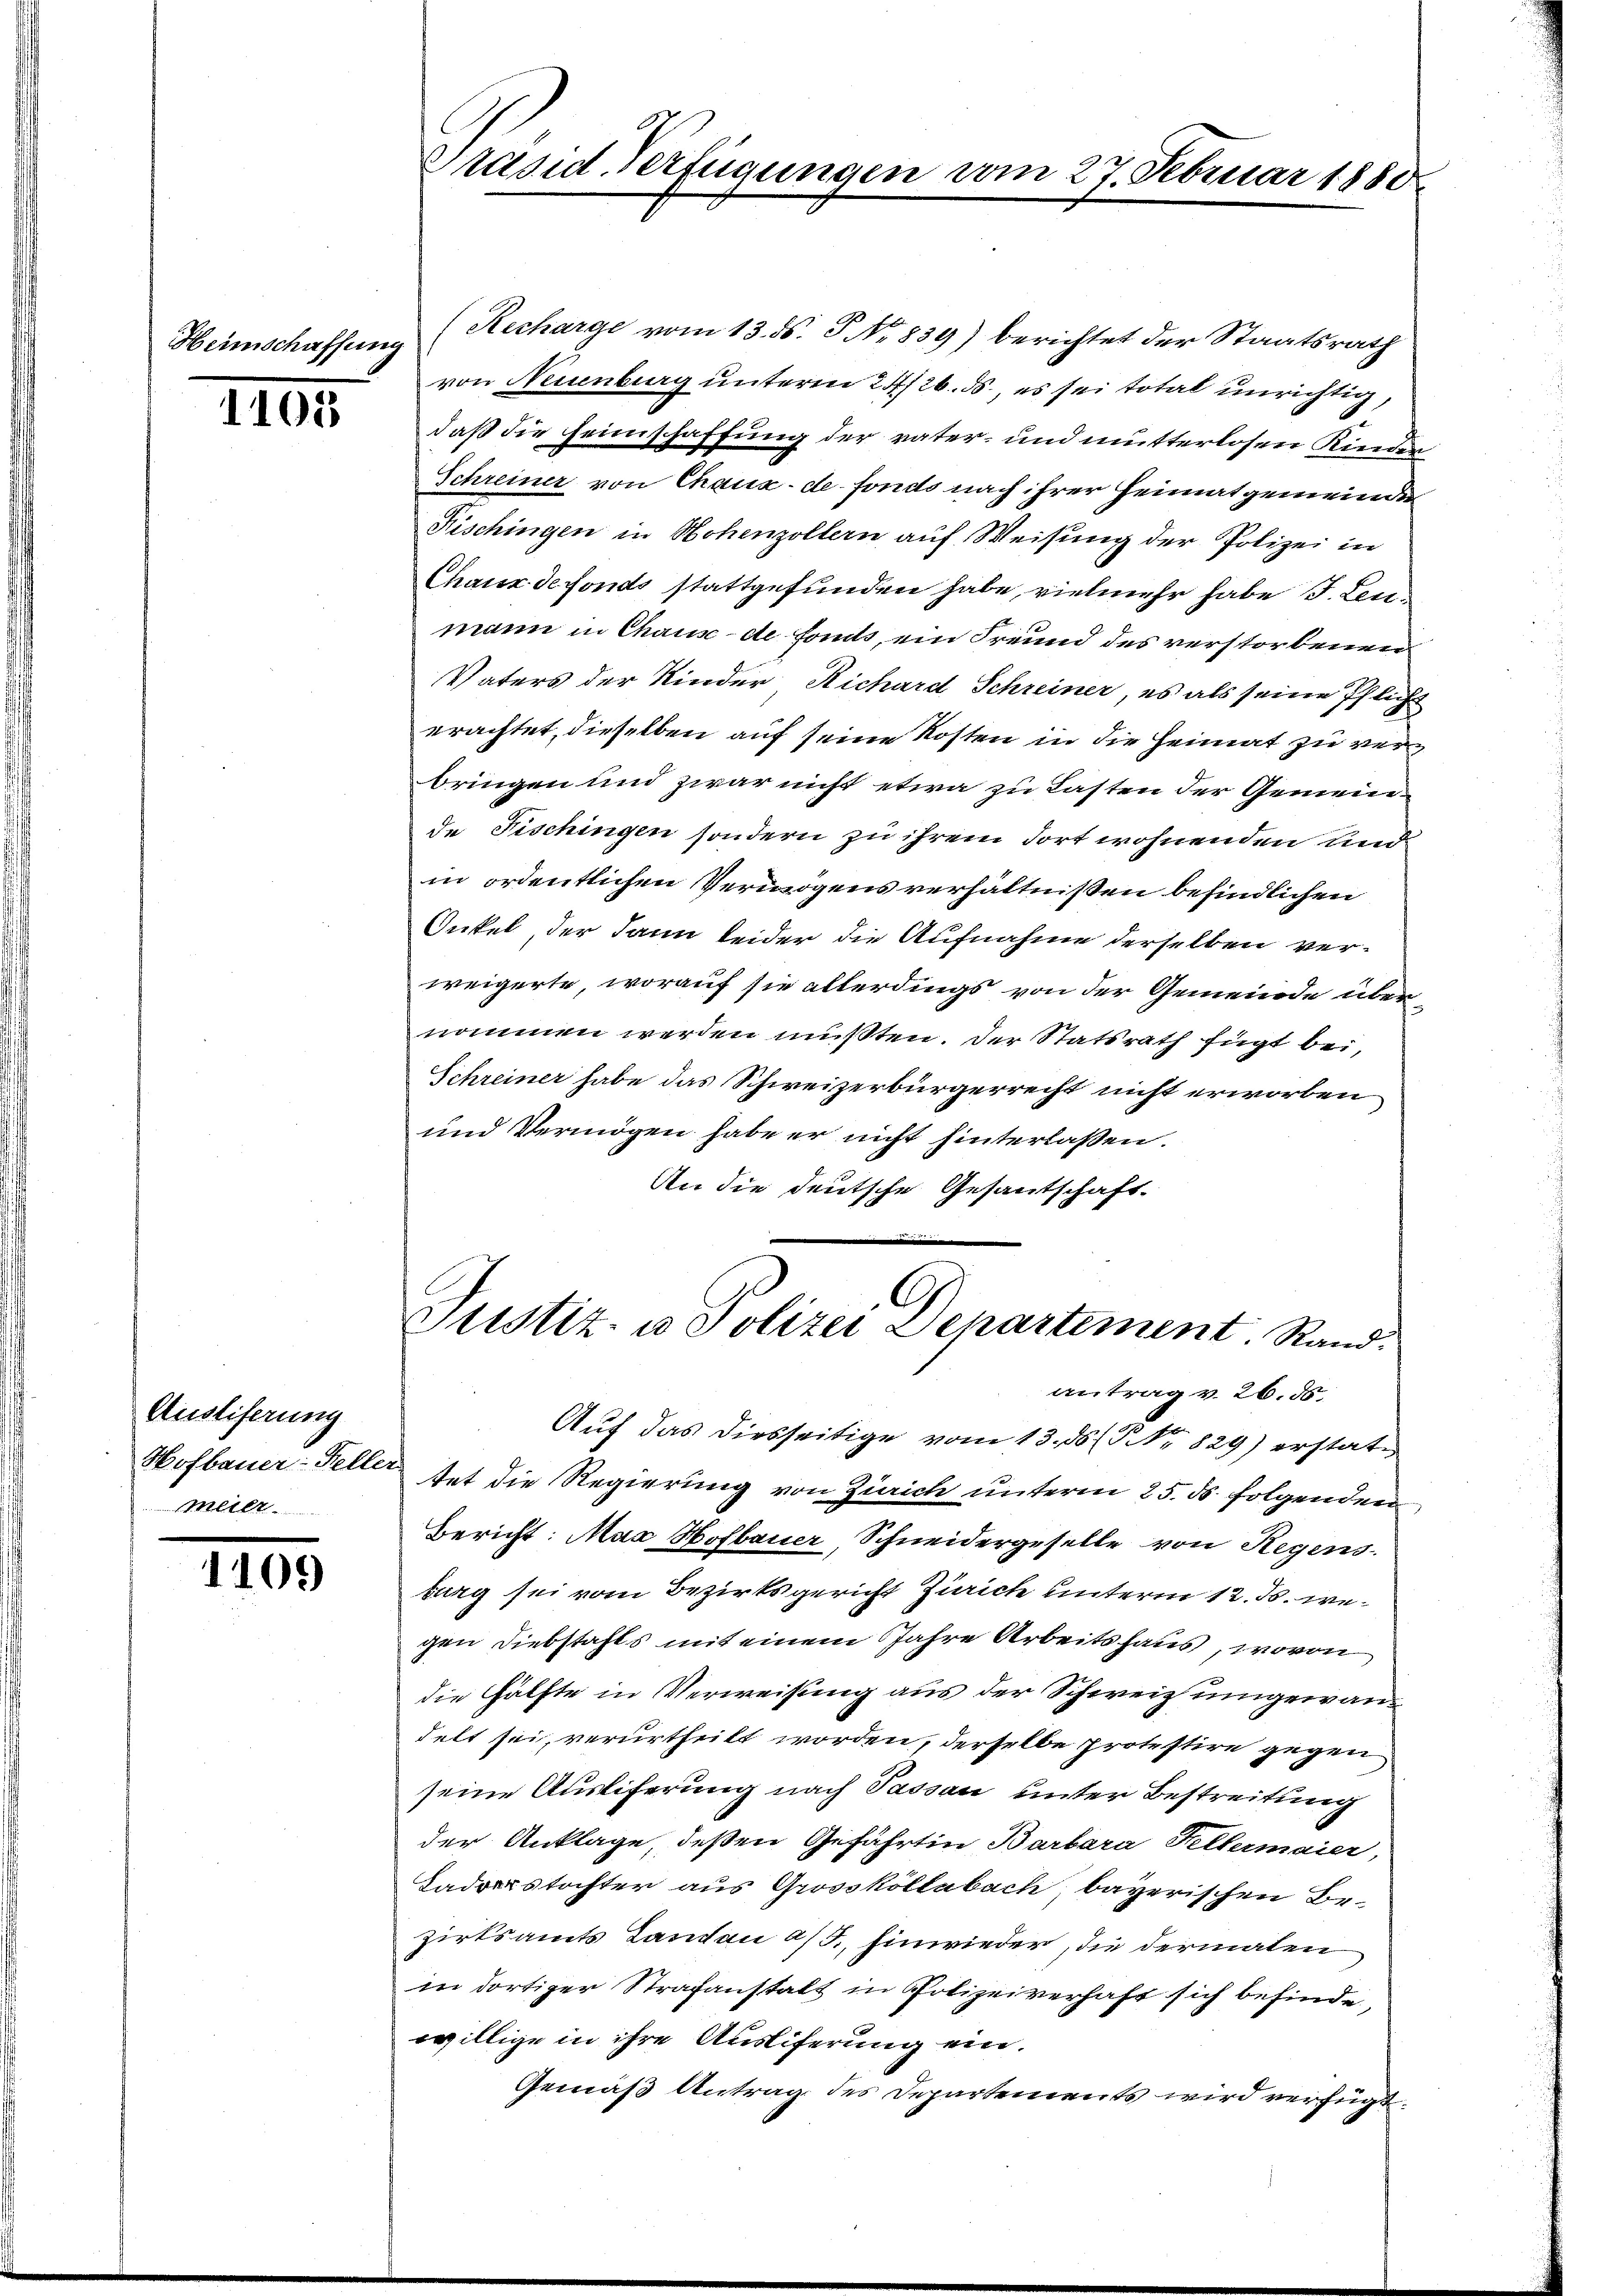
Heimschaffung

1405

Ausliferung
meier

1109

Präsid-Verfügungen vom 27. Februar 1880

(Recharge vom 13. ds. No. 839) berichtet der Staatsrath
von Neuenburg unterm 24/26. ds., es sei total unrichtig,
daß die Heimschaffung der vater- und mutterlosen Kinder
Schreiner von Chaux-de-Fonds nach ihrer Heimatgemeinde
Fischingen in Hohenzollern auf Weisung der Polizei in
Chaisz defonds stattgefunden habe, vielmehr habe J. Leumann in Chaus de fonds, ein Freund des verstorbenen
Vaters der Kinder Richard Schreiner, es als seine Pflicht
erachtet, dieselben auf seine Kosten in die Heimat zu verbringen und zwar nicht etwa zu Lasten der Gemeinde Fischingen sondern zu ihrem dort wohnenden und
in ordentlichen Vermögens verhältnißen befindlichen
Onkel der Jann leider die Aufnahme derselben verweigerte, worauf sie allerdings von der Gemeinde übernommen werden mußten. Der Statsrath fügt bei,
Schreiner habe das Schweizerbürgerrecht nicht erworben
und Vermögen habe er nicht hinterlassen.
An die deutsche Gesantschaft.

G
Justiz- u Polizei Departement. Stand:
antrag v. 26. 55.
Auf das diesseitige vom 13. ds. 829) erstat¬

Hofbauer-Feller tat die Regierung von Zürich unterm 25. ds. folgenden
Bericht: Max Hofbauer, Schneidergeselle von Regens
barg sei vom Bezirksgericht Zürich unterm 12. ds. wegen Diebstahls mit einem Jahre Arbeitshaus, wovon
die Hälfte in Verweisung aus der Schweiz umgewandelt sei, verurtheilt worden, derselbe protestire gegen
seine Auslieferung nach Passau unter Bestreitung
der Anklage, deßen Geführtin Barbara Hellermaier,
Saderstochter aus Grossköllabach, bayerischen Bezirksamts Landau a/S., hinwieder, die dermalen
in dortiger Strafanstalt in Polizeiverhaft sich befinde,
willige in ihre Ausliferung ein.
Gemäß Antrag des Departements wird verfügt